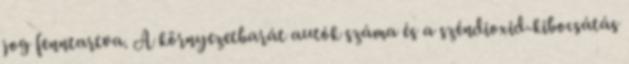
jog fenntartva. A környezetbarát autók száma és a széndioxid-kibocsátás